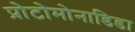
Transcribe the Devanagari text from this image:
प्रोटोमोनाडिडा